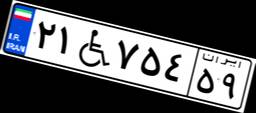
۲۱W۷۵۴۵۹